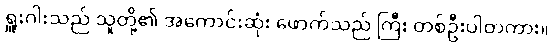
ရှူးဂါးသည် သူတို့၏ အကောင်းဆုံး ဖောက်သည် ကြီး တစ်ဦးပါတကား။